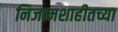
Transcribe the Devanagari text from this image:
निजामशाहीतच्या